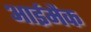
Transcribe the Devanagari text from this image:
आईमैक